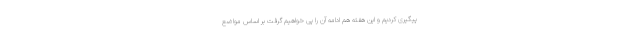
پیگیری کردیم و این هفته هم ادامه آن را پی خواهیم گرفت بر اساس مواضع